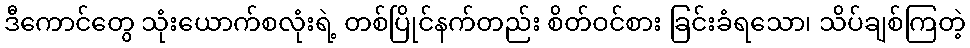
ဒီကောင်တွေ သုံးယောက်စလုံးရဲ့ တစ်ပြိုင်နက်တည်း စိတ်ဝင်စား ခြင်းခံရသော၊ သိပ်ချစ်ကြတဲ့